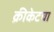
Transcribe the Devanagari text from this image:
क्रीकेटचा